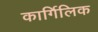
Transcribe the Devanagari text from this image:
कार्गिलिक